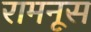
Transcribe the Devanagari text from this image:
रामनूस